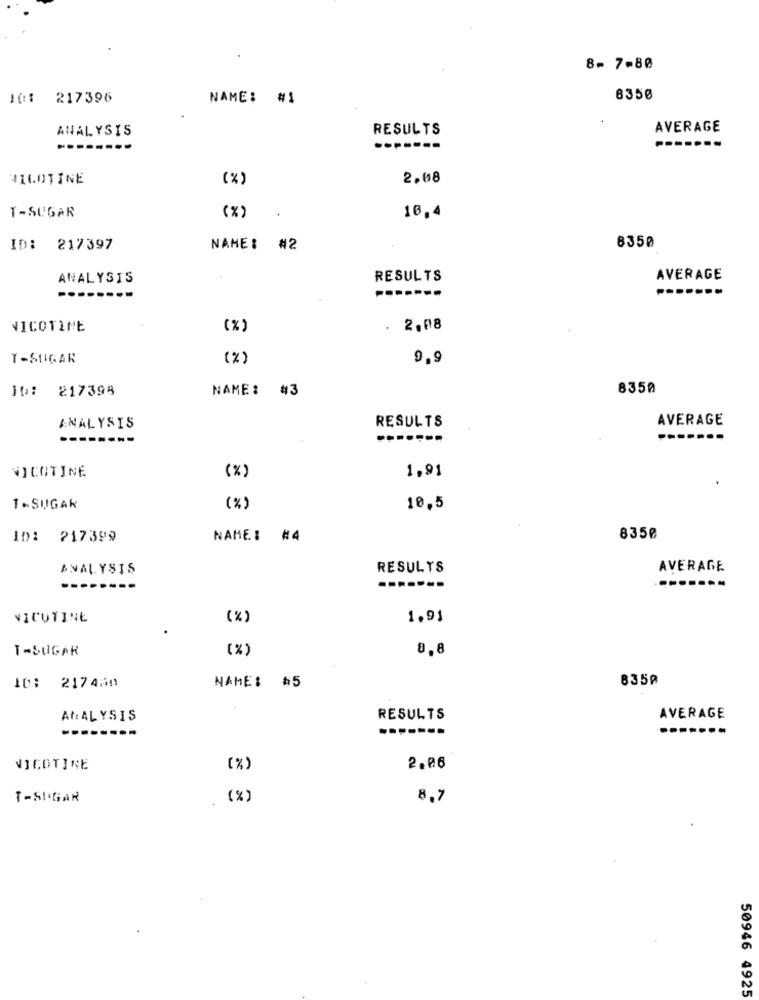
8- 7-80
10: 217396
NAME: #1
8350
ANALYSIS
RESULTS
AVERAGE
---
VILOTINE
(%)
2.08
(x)
T-SUGAR
.
10,4
ID: 217397
NAME: #2
8350
ANALYSIS
RESULTS
AVERAGE
--------
NICOTINE
(%)
. 2.08
T-SUGAR
(%)
9.9
NAME: #3
8350
10: 217398
RESULTS
AVERAGE
ANALYSIS
NICOTINE
(%)
1,91
1 -SUGAR
(%)
10.5
10: 217399
NAME: #4
8350
ANALYSIS
RESULTS
AVERAGE
--------
NICUTINE
(%)
1.91
T-SUGAR
( %)
0,8
835₽
10: 217450
NAME: $5
ANALYSIS
RESULTS
AVERAGE
--------
-------
-------
NICOTINE
(%)
2.06
T-SUGAR
(%)
8.7
50946 4925